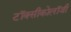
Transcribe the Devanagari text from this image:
टॉक्सीकोलॉजी